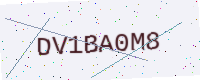
Text: DV1BA0M8